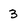
Character: 3